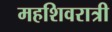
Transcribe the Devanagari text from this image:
महशिवरात्री